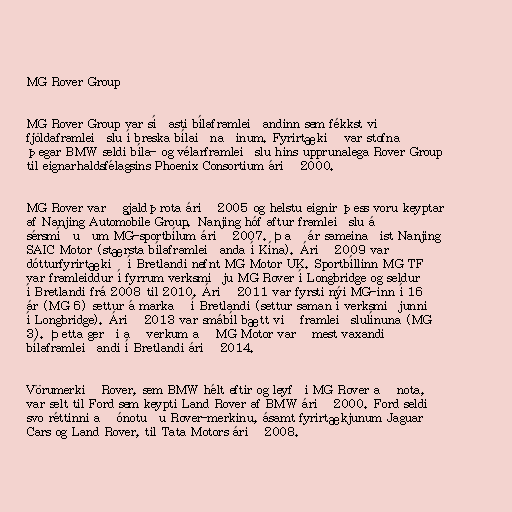
MG Rover Group

MG Rover Group var síðasti bílaframleiðandinn sem fékkst við
fjöldaframleiðslu í breska bílaiðnaðinum. Fyrirtækið var stofnað
þegar BMW seldi bíla- og vélarframleiðslu hins upprunalega Rover Group
til eignarhaldsfélagsins Phoenix Consortium árið 2000.

MG Rover varð gjaldþrota árið 2005 og helstu eignir þess voru keyptar
af Nanjing Automobile Group. Nanjing hóf aftur framleiðslu á
sérsmíðuðum MG-sportbílum árið 2007. Það ár sameinaðist Nanjing
SAIC Motor (stærsta bílaframleiðanda í Kína). Árið 2009 var
dótturfyrirtækið í Bretlandi nefnt MG Motor UK. Sportbíllinn MG TF
var framleiddur í fyrrum verksmiðju MG Rover í Longbridge og seldur
í Bretlandi frá 2008 til 2010. Árið 2011 var fyrsti nýi MG-inn í 16
ár (MG 6) settur á markað í Bretlandi (settur saman í verksmiðjunni
í Longbridge). Árið 2013 var smábíl bætt við framleiðslulínuna (MG
3). Þetta gerði að verkum að MG Motor varð mest vaxandi
bílaframleiðandi í Bretlandi árið 2014.

Vörumerkið Rover, sem BMW hélt eftir og leyfði MG Rover að nota,
var selt til Ford sem keypti Land Rover af BMW árið 2000. Ford seldi
svo réttinni að ónotuðu Rover-merkinu, ásamt fyrirtækjunum Jaguar
Cars og Land Rover, til Tata Motors árið 2008.